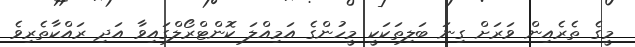
މީގެ ތެރެއިން ވަރަށް ގިނަ ބަލިތަކަކީ މީހުންގެ އަމިއްލަ ކޮންޓްރޯލްގައިވާ އަދި ރައްކާތެރިވެ